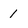
Character: 1